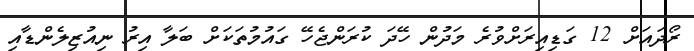
ރޯދައަށް 12 ގަޑިއިރަށްވުރެ މަދުން ހޭދަ ކުރަންޖެހޭ ގައުމުތަކަށް ބަލާ އިރު ނިއުޒިލެންޑާއި